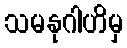
သမနုဂါဟိမှ